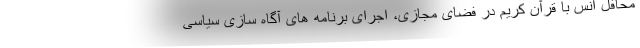
محافل انس با قرآن کریم در فضای مجازی، اجرای برنامه های آگاه سازی سیاسی